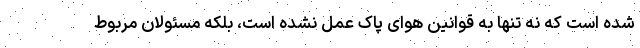
شده است که نه تنها به قوانین هوای پاک عمل نشده است، بلکه مسئولان مربوط